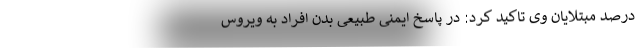
درصد مبتلایان وی تاکید کرد: در پاسخ ایمنی طبیعی بدن افراد به ویروس